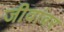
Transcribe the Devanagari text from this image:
जीवांवर